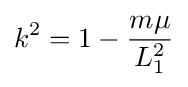
k^{2}=1-{\frac {m\mu }{L_{1}^{2}}}